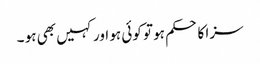
سزا کا حکم ہو تو کوئی ہو اور کہیں بھی ہو ۔